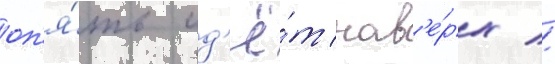
оп'я́ть ид'ё́т нав'е́рх //